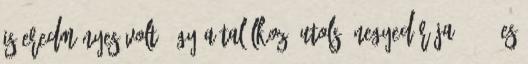
is eredményes volt, így a találkozó utolsó negyedórája 17-17-es